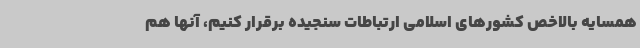
همسایه بالاخص کشورهای اسلامی ارتباطات سنجیده برقرار کنیم، آنها هم